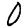
Digit: 0